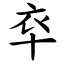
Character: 䘚